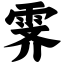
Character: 霁